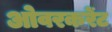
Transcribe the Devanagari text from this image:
ओवरकरेंट